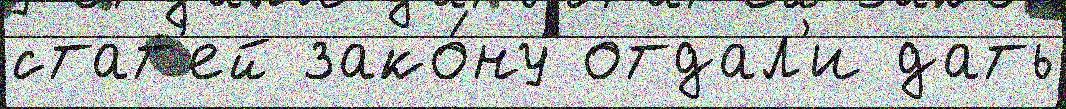
стат'ей зако́ну отдал'и дать